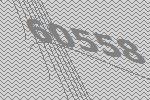
60558